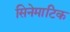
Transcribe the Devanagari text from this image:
सिनेमाटिक